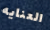
العنايه